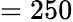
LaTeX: =250